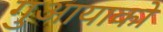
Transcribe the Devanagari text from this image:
गुआयाको